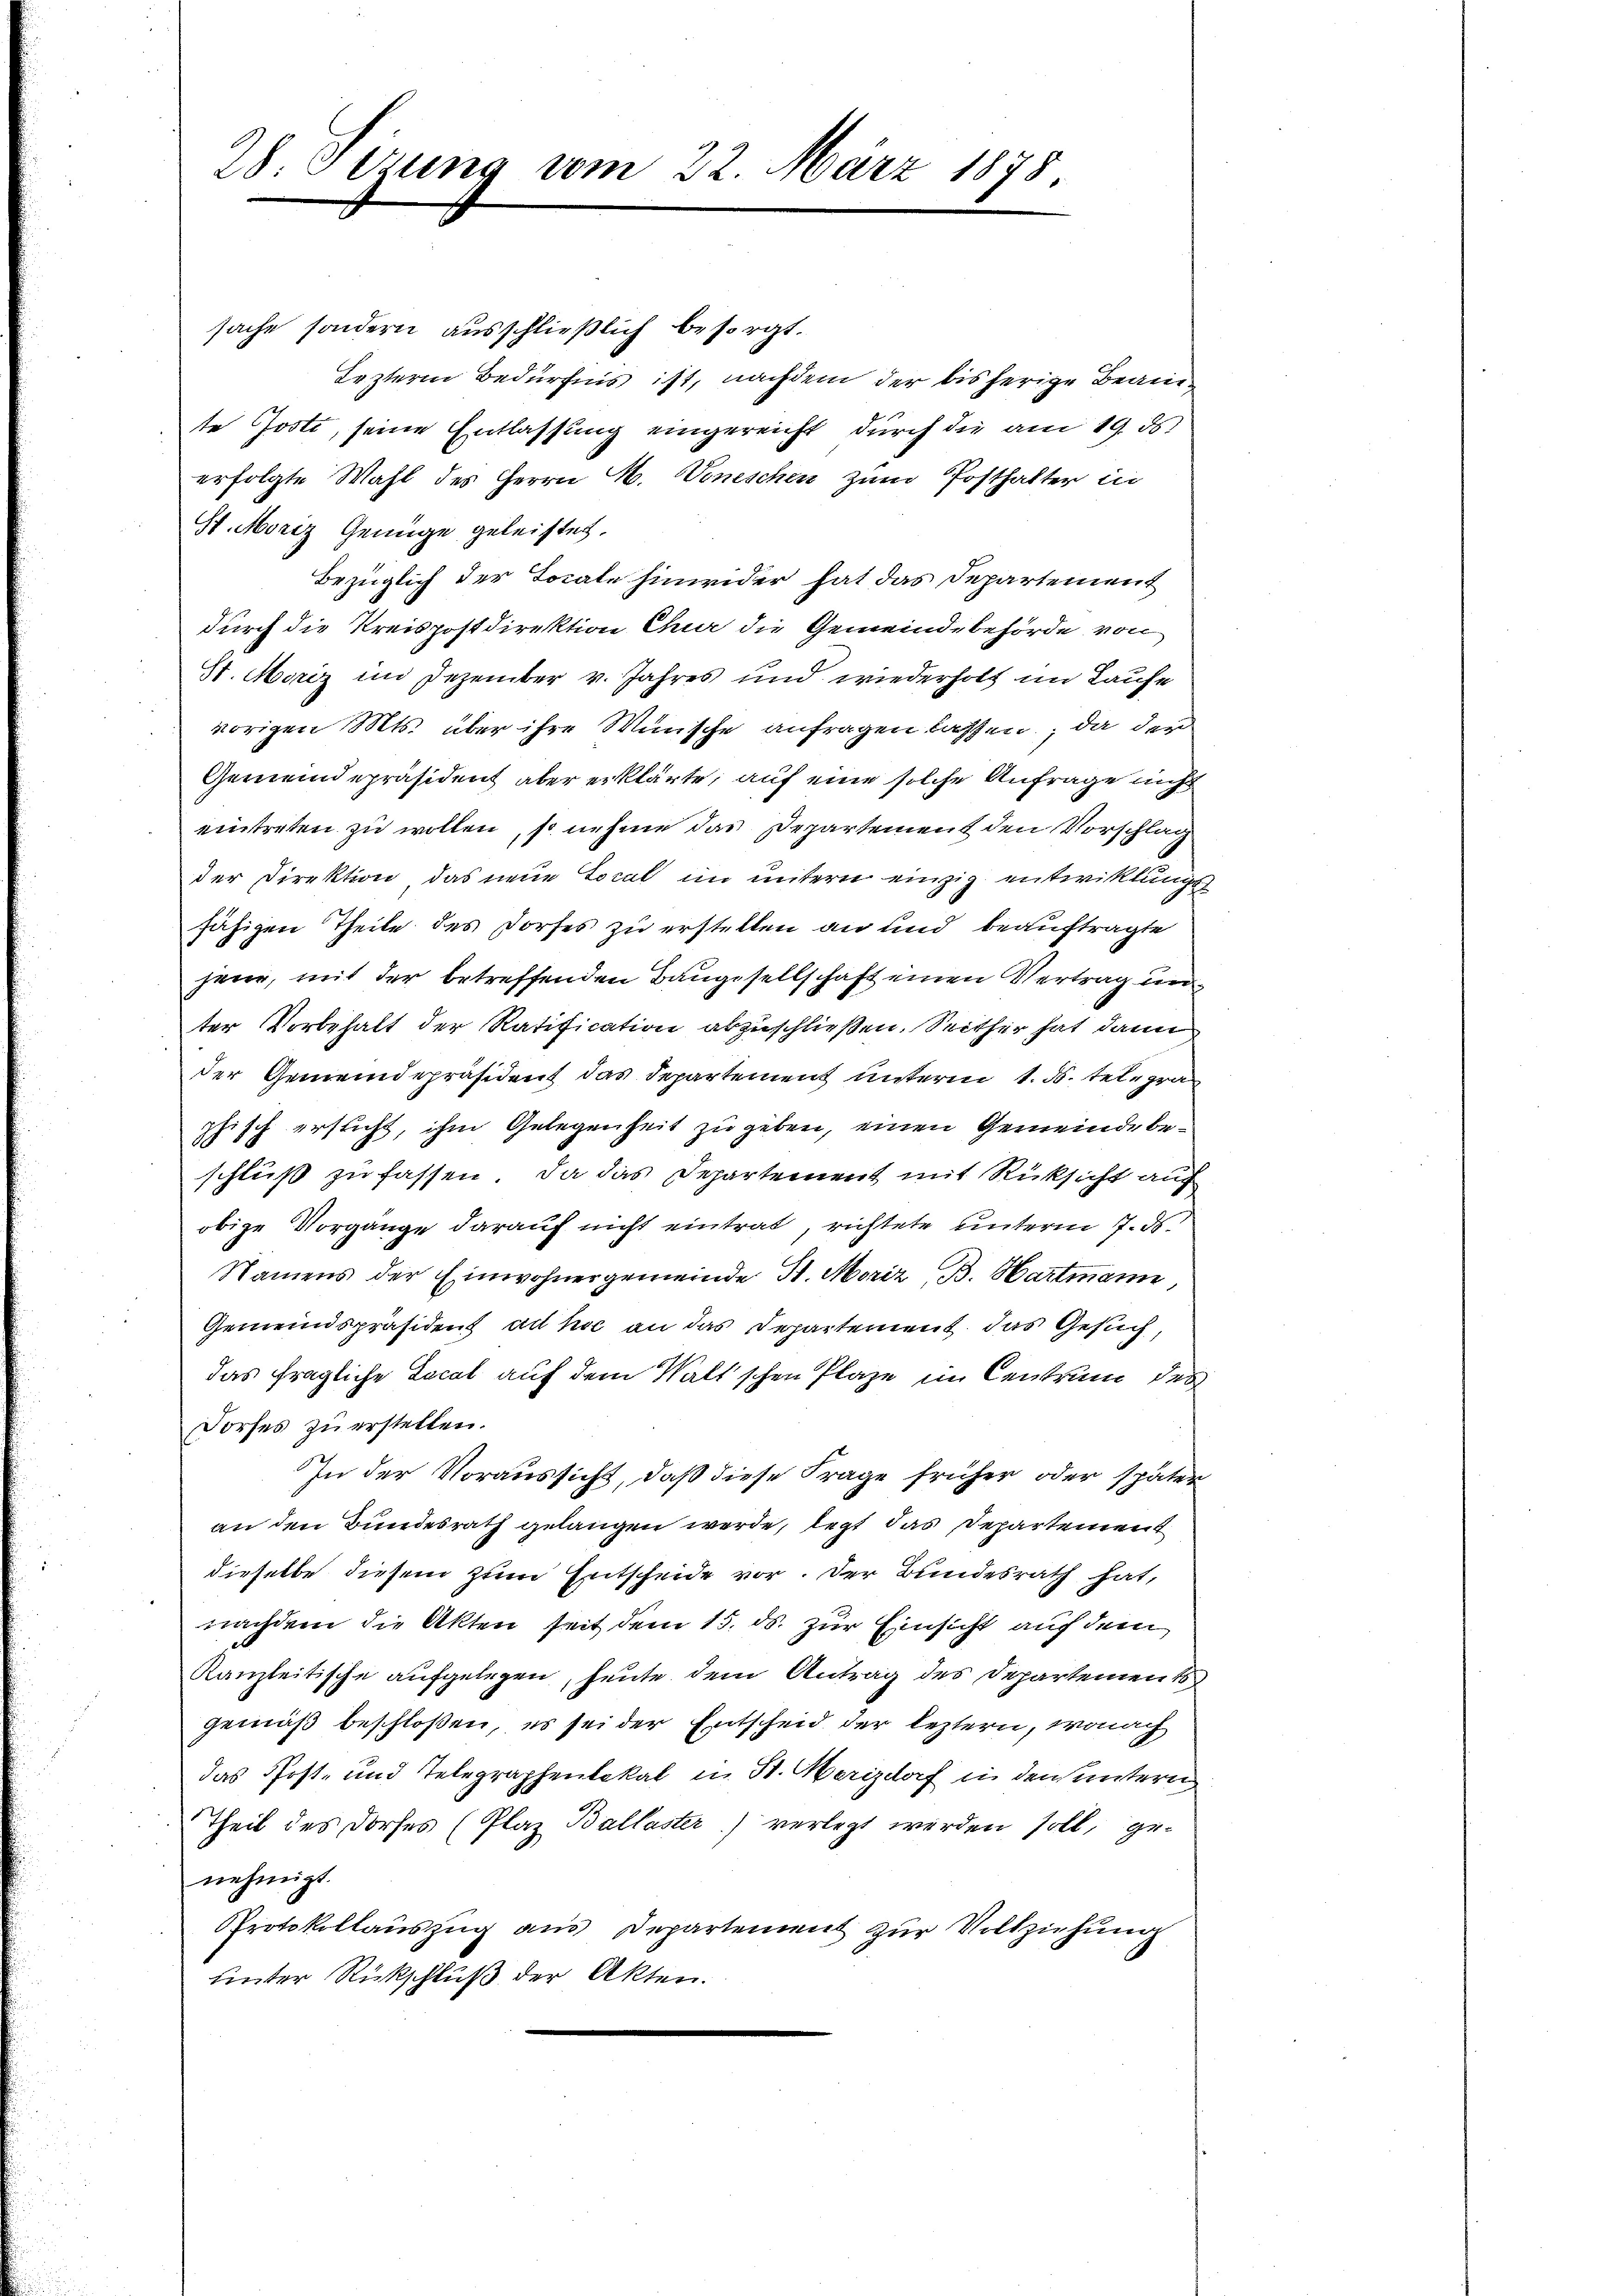
28 Dezung vom 22. März 1878

sache sondern ausschließlich besorgt.
Lezteren Bedürfnis ist, nachdem der bisherige Beamte Josti, seine Entlassung eingereicht durch die am 19. ds.
erfolgte Wahl des Herrn H. Voneschen zum Posthalter in
St. Moriz Genüge geleistet.
Bezüglich der Tocale hinwider hat das Departement
durch die Kreispostdirektion Chur die Gemeindebehörde von
St. Moriz im Dezember v. Jahres und wiederholt im Laufe
vorigen Mts. über ihre Wünsche anfragen lassen, da der
Gemeindepräsident aber erklärte, auf eine solche Anfrage nicht
eintreten zu wollen, so nehme das Departement den Vorschlag
der Direktion das neue Local im untern einzig entwicklung
fähigen Theile des Dorfes zu erstellen an und beauftragte
jene, mit der betreffenden Baugesellschaft einen Vertrag un
ter Vorbehalt der Ratification abzuschließen. Seither hat dann
der Gemeindepräsident das Departement unterm 1. ds. telegra
phisch ersucht, ihm Gelegenheit zu geben, einen Gemeinde beschluß zu fassen, da das Departement mit Rücksicht auf
obige Vorgange darauf nicht eintrat, richtete unterm 7. ds.
Namens der Einwohnergemeinde St. Moriz B. Hartmann,
Gemeindspräsident ad hoc an das Departement das Gesuch,
das fragliche Local auf dem Walt'schen Plaze im Centrum des
Forfes zu erstellen.
In der Voraussicht, daß diese Frage früher oder später
an den Bundesrath gelangen werde, legt das Departement
dieselbe diesem zum Entscheide vor. Der Bundesrath hat,
nachdem die Akten seit dem 15. ds. zur Einsicht auf dem
Kanzleitische aufgelegen, heute dem Antrag des Departements
gemäß beschloßen, es sei der Entscheid der leztern, wonach
das Post- und Telegraphenlokal in St. Merizdorf in den untern
Theil des Dorfes (Plaz Ballaster) verlegt werden soll, genehmigt.
Protokollauszug aus Departement zur Vollziehung
unter Rückschluß der Akten.